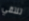
تلتقي